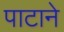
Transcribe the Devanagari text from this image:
पाटाने